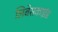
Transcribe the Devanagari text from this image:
लिबेसकाइंड